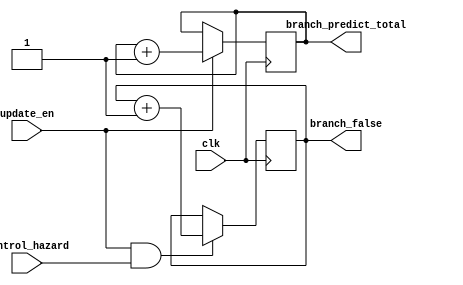
module Branch_Predict_Analyze (
	input clk,
	input update_en,
	input control_hazard,
	output [31:0] branch_predict_total,
	output [31:0] branch_false
);

	reg [31:0] count_branch_total;
	reg [31:0] count_branch_false;

	initial 
	begin
		count_branch_total=32'h0;
		count_branch_false=32'h0;	
	end

	always @(posedge clk) 
	begin
		if(update_en)
			count_branch_total<=count_branch_total+1;
		else
			count_branch_total<=count_branch_total;
	end
	
	always @(posedge clk) 
	begin
		if(update_en&&control_hazard)
			count_branch_false<=count_branch_false+1;
		else
			count_branch_false<=count_branch_false;	
	end

	assign branch_predict_total=count_branch_total;
	assign branch_false=count_branch_false;
endmodule